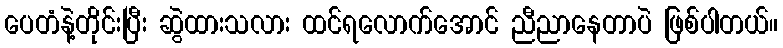
ပေတံနဲ့တိုင်းပြီး ဆွဲထားသလား ထင်ရလောက်အောင် ညီညာနေတာပဲ ဖြစ်ပါတယ်။